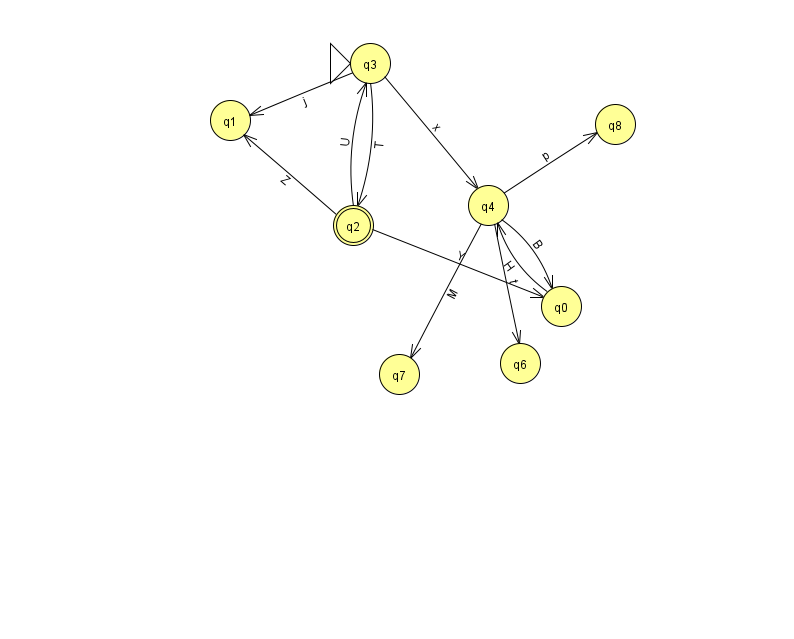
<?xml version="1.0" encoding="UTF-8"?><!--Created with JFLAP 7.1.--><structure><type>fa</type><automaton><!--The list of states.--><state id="0" name="q0"><x>561.0</x><y>293.0</y></state><state id="1" name="q1"><x>230.0</x><y>107.0</y></state><state id="2" name="q2"><x>353.0</x><y>212.0</y><final/></state><state id="3" name="q3"><x>370.0</x><y>50.0</y><initial/></state><state id="4" name="q4"><x>488.0</x><y>192.0</y></state><state id="6" name="q6"><x>520.0</x><y>350.0</y></state><state id="7" name="q7"><x>399.0</x><y>361.0</y></state><state id="8" name="q8"><x>615.0</x><y>111.0</y></state><!--The list of transitions.--><transition><from>4</from><to>6</to><read>t</read></transition><transition><from>2</from><to>1</to><read>Z</read></transition><transition><from>3</from><to>4</to><read>x</read></transition><transition><from>4</from><to>0</to><read>B</read></transition><transition><from>4</from><to>7</to><read>M</read></transition><transition><from>4</from><to>8</to><read>p</read></transition><transition><from>2</from><to>3</to><read>U</read></transition><transition><from>3</from><to>2</to><read>T</read></transition><transition><from>2</from><to>0</to><read>Y</read></transition><transition><from>0</from><to>4</to><read>H</read></transition><transition><from>3</from><to>1</to><read>j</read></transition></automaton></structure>